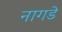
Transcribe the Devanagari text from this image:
नागडे